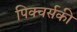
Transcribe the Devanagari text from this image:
पिक्चर्सकी